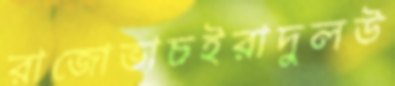
রাজোভাচইরাদুলউ